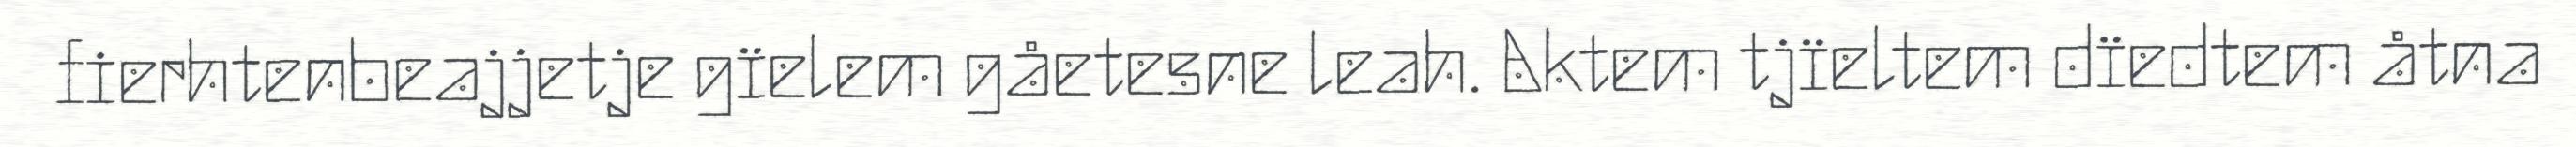
fierhtenbeajjetje gïelem gåetesne leah. Aktem tjïeltem dïedtem åtna